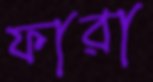
ফারা